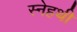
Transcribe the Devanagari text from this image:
स्नेहथी